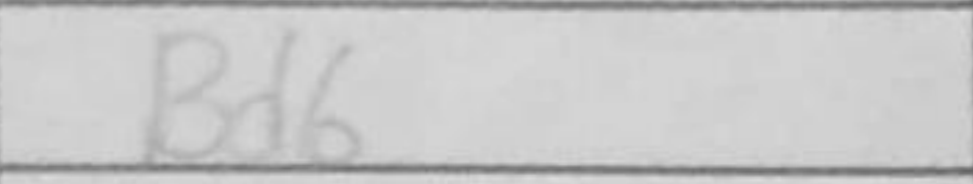
Transcription: Bd6